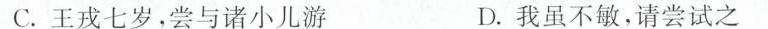
C.王戎七岁，尝与诸小儿游 D.我虽不敏，请尝试之